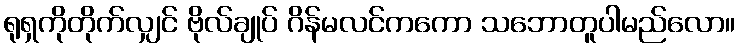
ရုရှကိုတိုက်လျှင် ဗိုလ်ချုပ် ဂိန်မလင်ကကော သဘောတူပါမည်လော။